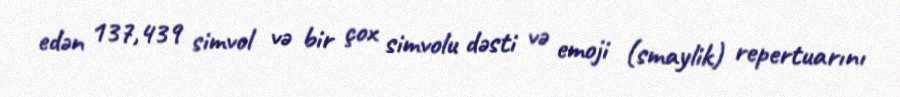
edən 137,439 simvol və bir çox simvolu dəsti və emoji (smaylik) repertuarını